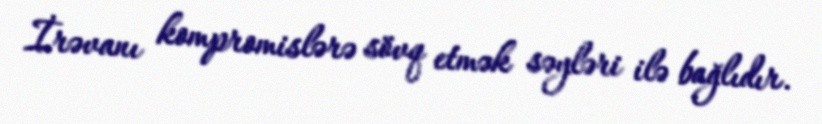
İrəvanı kompromislərə sövq etmək səyləri ilə bağlıdır.